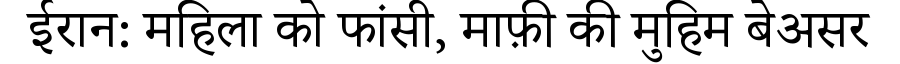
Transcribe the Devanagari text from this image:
ईरान: महिला को फांसी, माफ़ी की मुहिम बेअसर